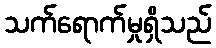
သက်ရောက်မှုရှိသည်